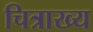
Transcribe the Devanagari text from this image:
चित्राख्य